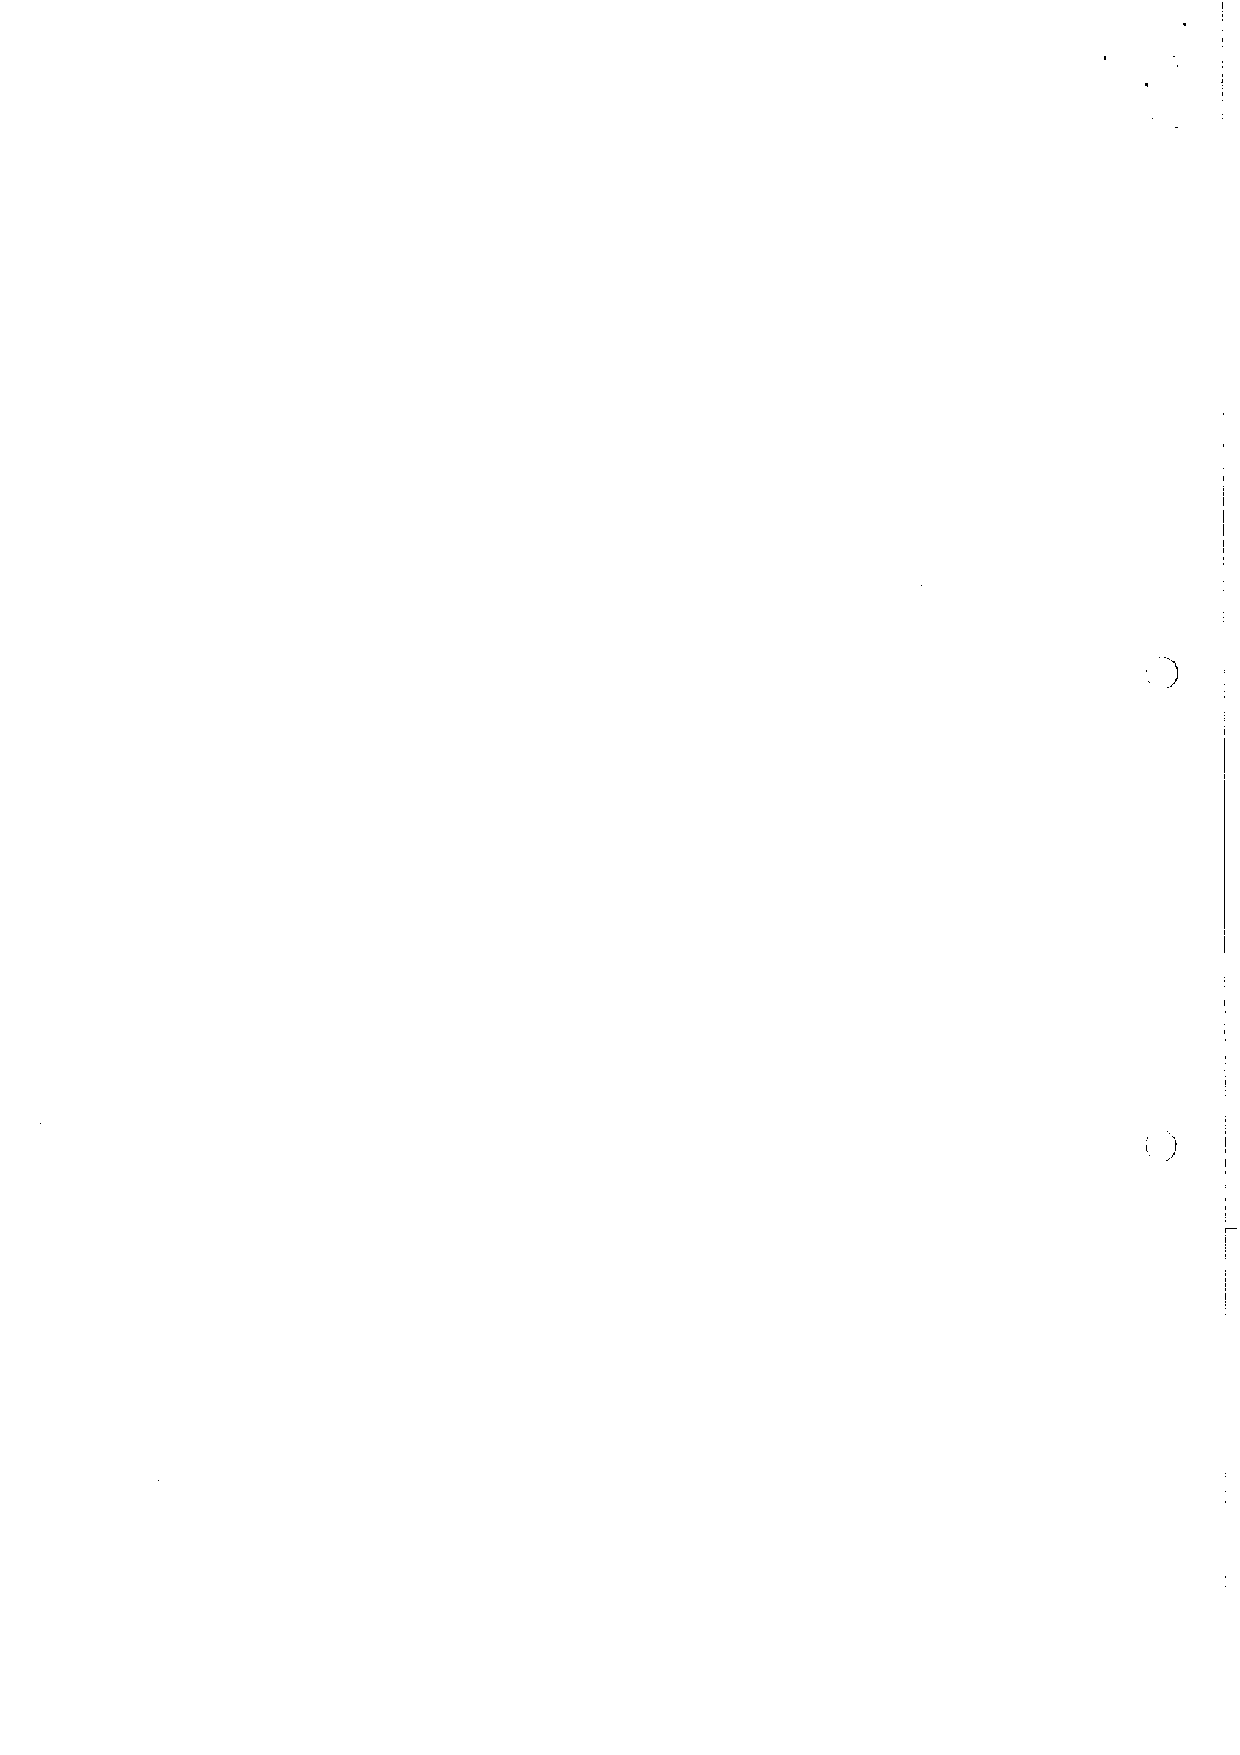
)